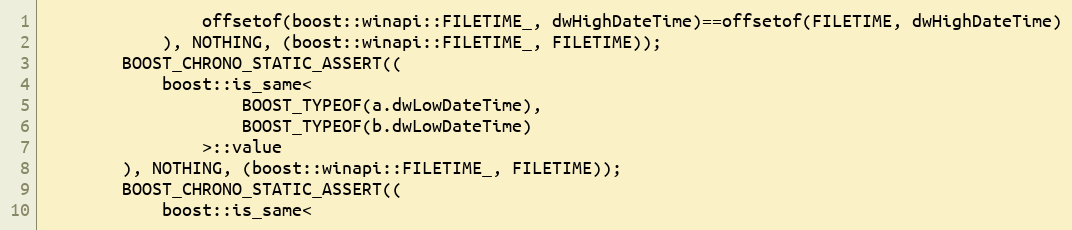
Language: C++
                offsetof(boost::winapi::FILETIME_, dwHighDateTime)==offsetof(FILETIME, dwHighDateTime)
            ), NOTHING, (boost::winapi::FILETIME_, FILETIME));
        BOOST_CHRONO_STATIC_ASSERT((
            boost::is_same<
                    BOOST_TYPEOF(a.dwLowDateTime),
                    BOOST_TYPEOF(b.dwLowDateTime)
                >::value
        ), NOTHING, (boost::winapi::FILETIME_, FILETIME));
        BOOST_CHRONO_STATIC_ASSERT((
            boost::is_same<